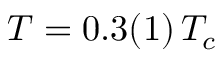
T = 0 . 3 ( 1 ) \, T _ { c }